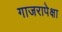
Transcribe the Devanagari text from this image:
गाजरापेक्षा